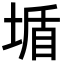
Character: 𡎆